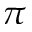
\pi